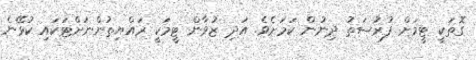
ގޮތަކީ ޓީމަށް ފުރުސަތު ދިނުން ކަމަށެވެ. އަދި ޒުވާން ޓީމަކީ ރައްޔިތުންނަށްޓަކައި ކުޅޭނެ